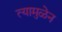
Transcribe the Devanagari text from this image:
त्यामुळेन